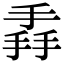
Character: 掱